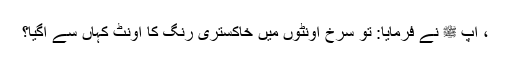
، آپ ﷺ نے فرمایا: تو سرخ اونٹوں میں خاکستری رنگ کا اونٹ کہاں سے آگیا؟